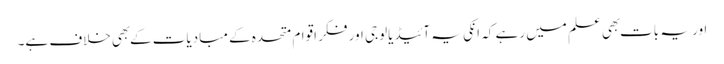
اور یہ بات بهی علم میں رہے کہ انکی یہ آئیڈیالوجی اور فکر اقوام متحده کے مبادیات کے بهی خلاف ہے۔